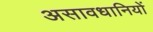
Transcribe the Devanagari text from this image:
असावधानियों